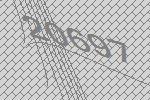
20697